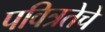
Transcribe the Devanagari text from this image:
पवित्रतेचे